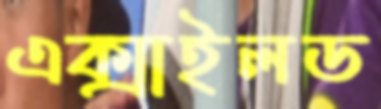
এক্সাইলড